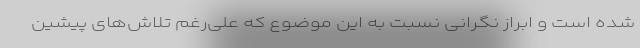
شده است و ابراز نگرانی نسبت به این موضوع که علی‌رغم تلاش‌های پیشین